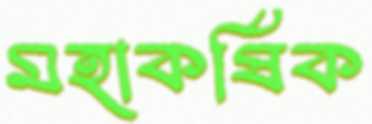
মহাকর্ষিক